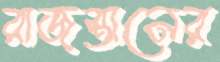
রাজস্তানের